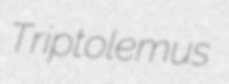
Triptolemus